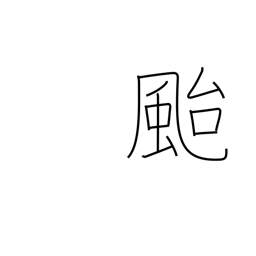
Meaning: typhoon